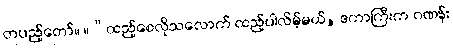
တပည့်တော်။ ။“ထည့်စေလိုသလောက် ထည့်ပါလိမ့်မယ်, ဒကာကြီးက ဂဏန်း